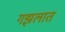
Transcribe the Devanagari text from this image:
गझलात